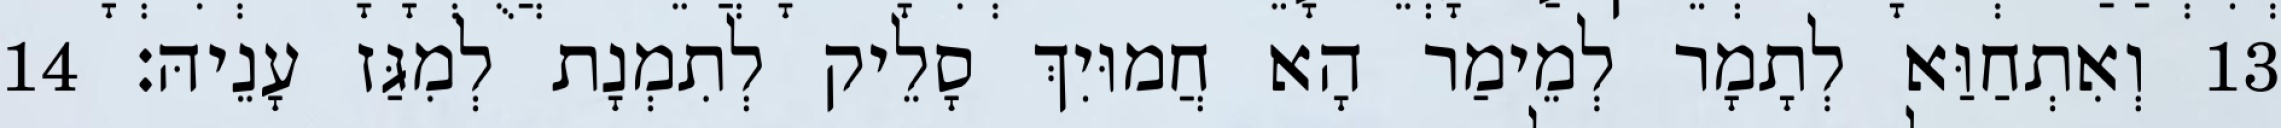
13 וְאִתְחַוַּא לְתָמָר לְמֵימַר הָא חֲמוּיִךְ סָלֵיק לְתִמְנָת לְמִגַּז עָנֵיהּ׃ 14